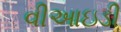
વીઆઇડી